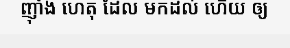
ញុាំង ហេតុ ដែល មកដល់ ហើយ ឲ្យ